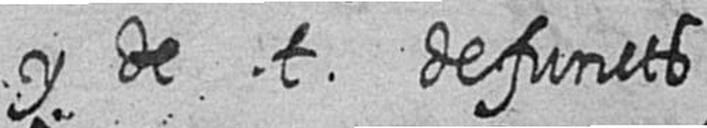
y de t defuncts